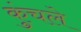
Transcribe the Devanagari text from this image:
कुंचले